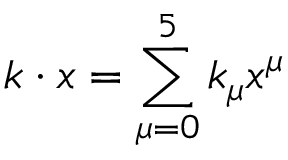
k \cdot x = \sum _ { \mu = 0 } ^ { 5 } k _ { \mu } x ^ { \mu }